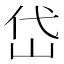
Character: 岱